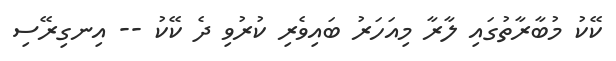
ކޭކު މުބާރާތުގައި ލާރާ މިއަހަރު ބައިވެރި ކުރުވި ދެ ކޭކު -- އިނގިރޭސި